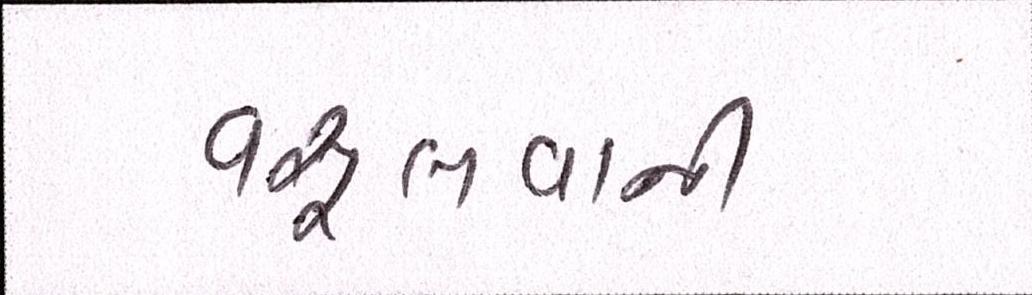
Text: વસૂલવાની